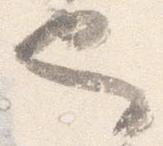
也